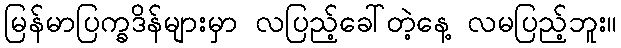
မြန်မာပြက္ခဒိန်များမှာ လပြည့်ခေါ်တဲ့နေ့ လမပြည့်ဘူး။